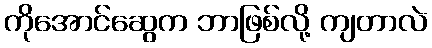
ကိုအောင်ဆွေက ဘာဖြစ်လို့ ကျတာလဲ